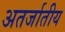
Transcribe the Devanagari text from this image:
अतर्जातीय